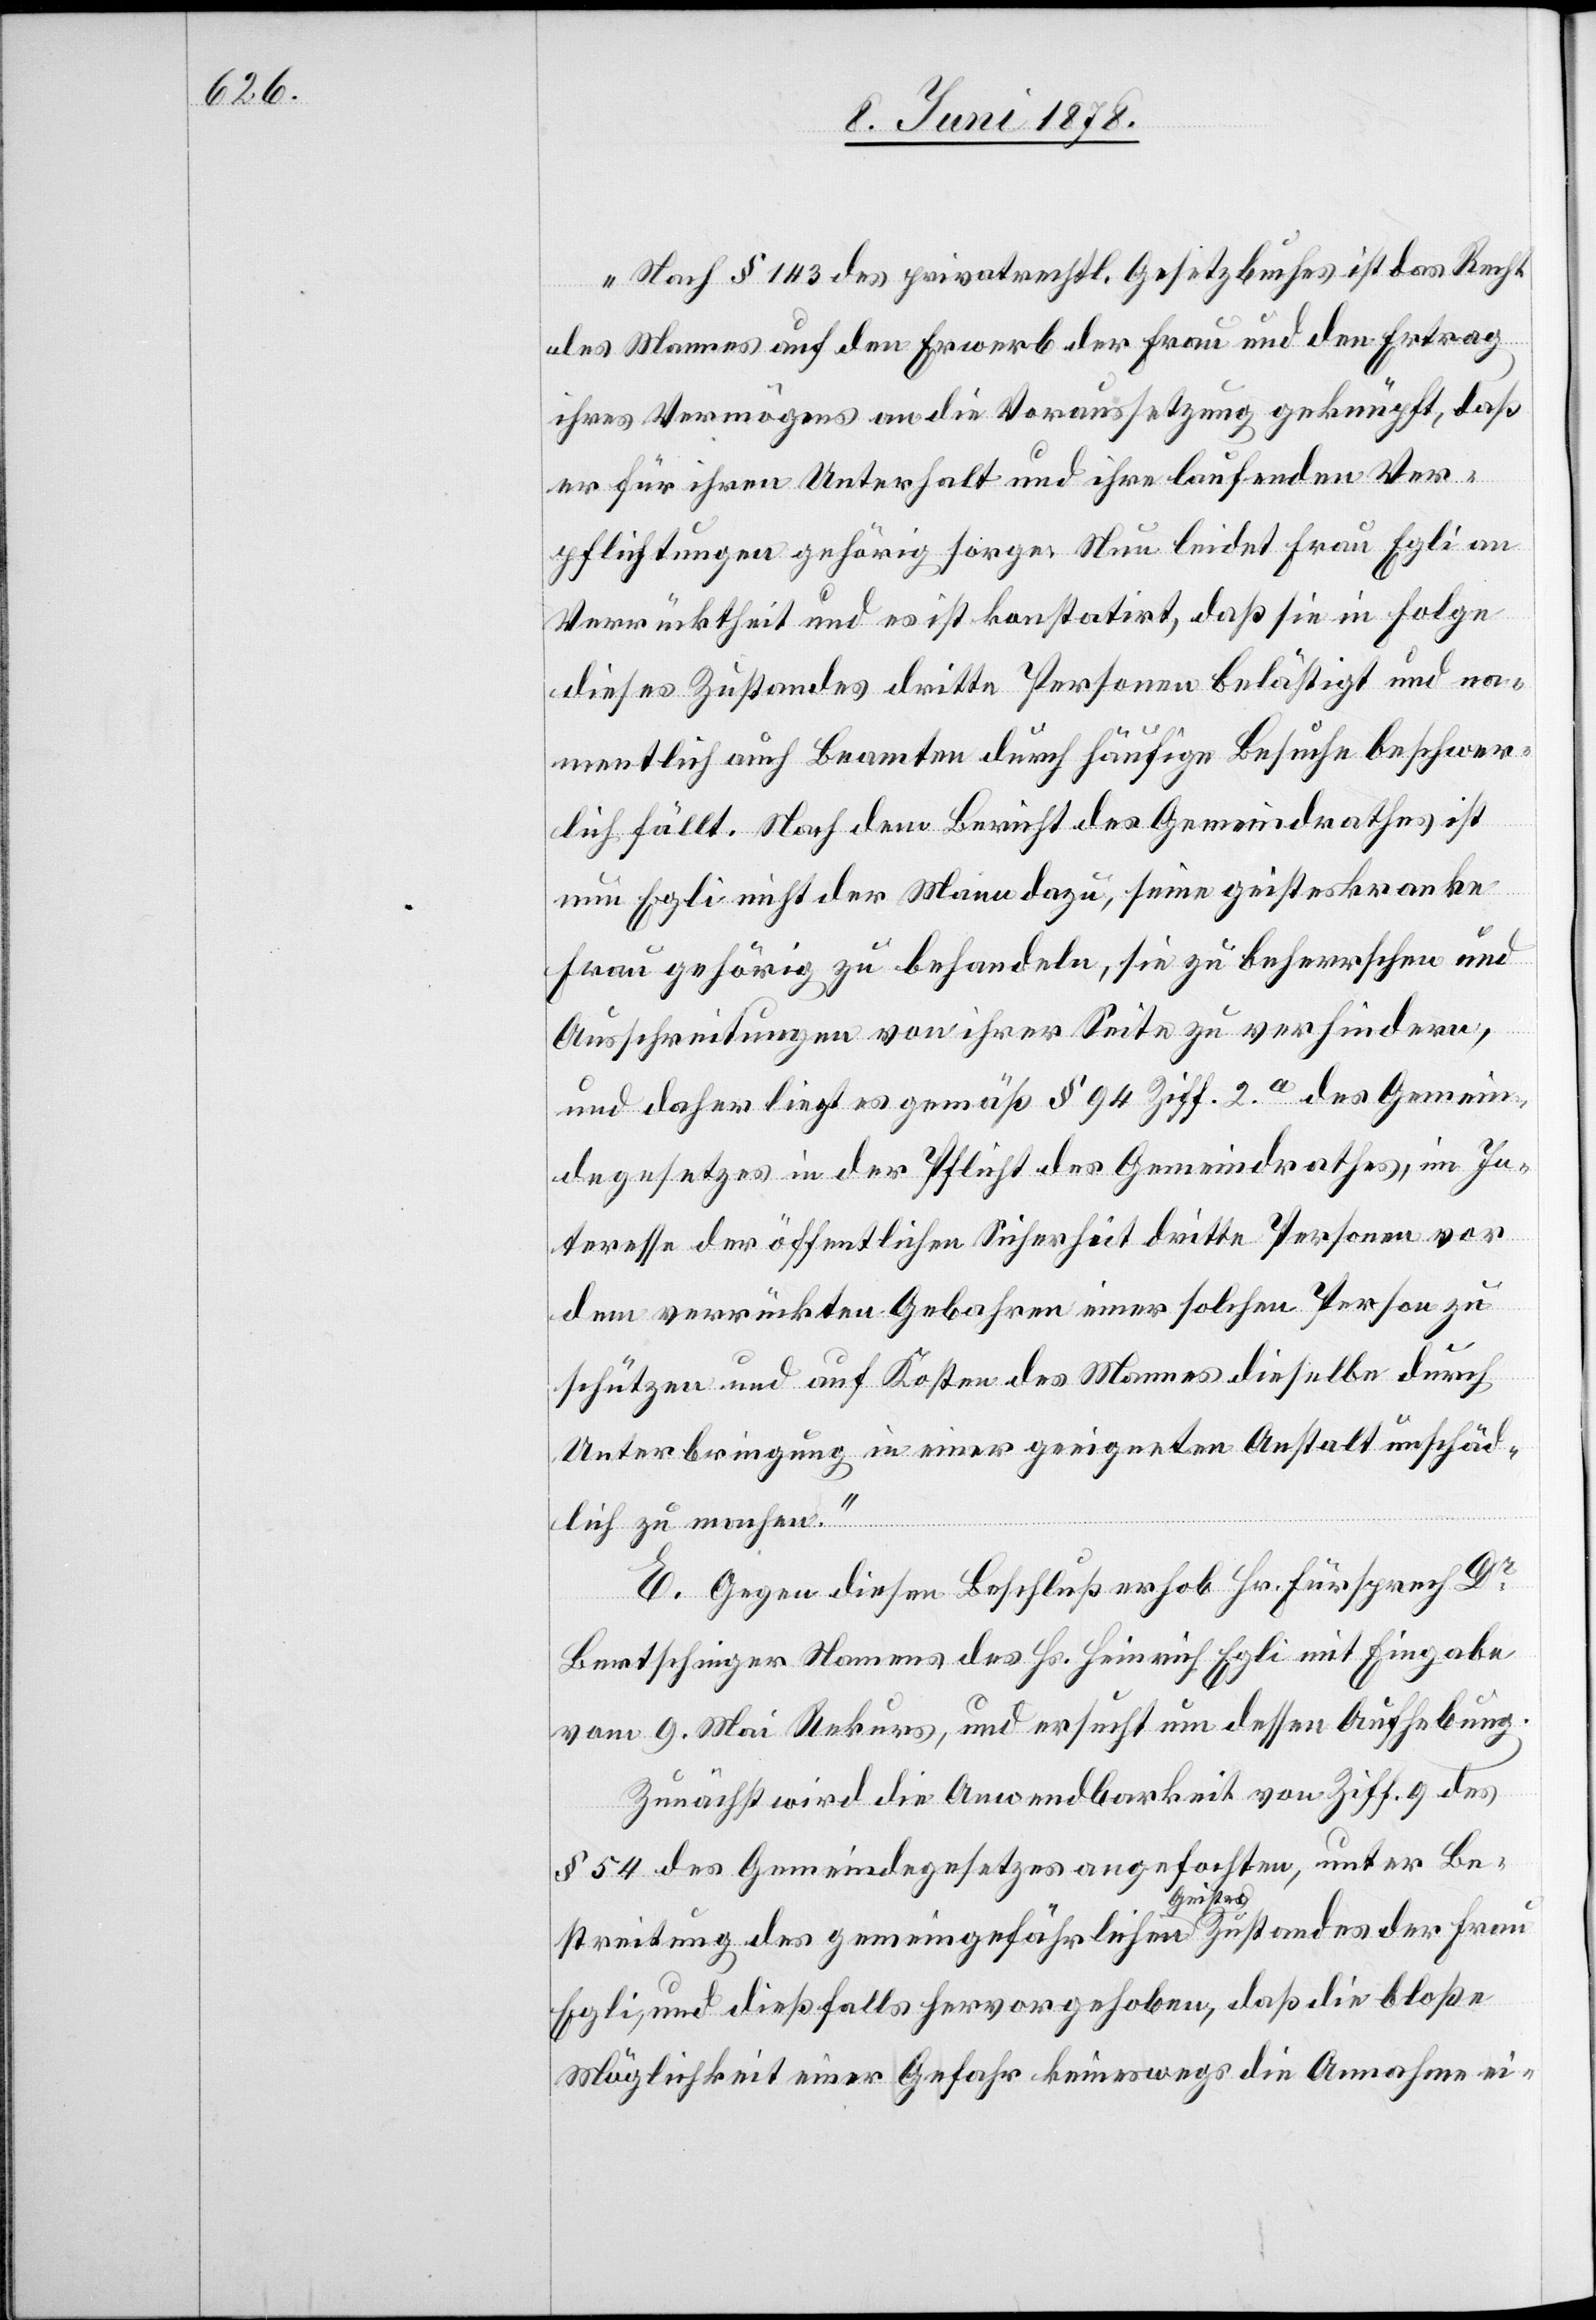
„Nach § 143 des privatrechtl. Gesetzbuches ist das Recht
des Mannes auf den Erwerb der Frau und den Ertrag
ihres Vermögens an die Voraussetzung geknüpft, daß
er für ihren Unterhalt und ihre laufenden Ver¬
pflichtungen gehörig sorge. Nun leidet Frau Egli an
Verrücktheit und es ist konstatirt, daß sie in Folge
dieses Zustandes dritte Personen belästigt und na¬
mentlich auch Beamten durch häufige Besuche beschwer¬
lich fällt. Nach dem Bericht des Gemeindrathes ist
nun Egli nicht der Mann dazu, seine geisteskranke
Frau gehörig zu behandeln, sie zu beherrschen und
Ausschreitungen von ihrer Seite zu verhindern,
und daher liegt es gemäß § 94 Ziff. 2.a des Gemein¬
degesetzes in der Pflicht des Gemeindrathes, im In¬
teresse der öffentlichen Sicherheit dritte Personen vor
dem verrückten Gebahren einer solchen Person zu
schützen und auf Kosten des Mannes dieselbe durch
Unterbringung in einer geeigneten Anstalt unschäd¬
lich zu machen.“
E. Gegen diesen Beschluß erhob Hr. Fürsprech Dr
Bertschinger Namens des Hs. Heinrich Egli mit Eingabe
vom 9. Mai Rekurs, und ersucht um dessen Aufhebung.
Zunächst wird die Anwendbarkeit von Ziff. 9 des
§ 54 des Gemeindegesetzes angefochten, unter Be¬
streitung des gemeingefährlichen a-Geistes-aZustandes der Frau
Egli, und dießfalls hervorgehoben, daß die bloße
Möglichkeit einer Gefahr keineswegs die Annahme ei-